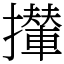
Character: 攆